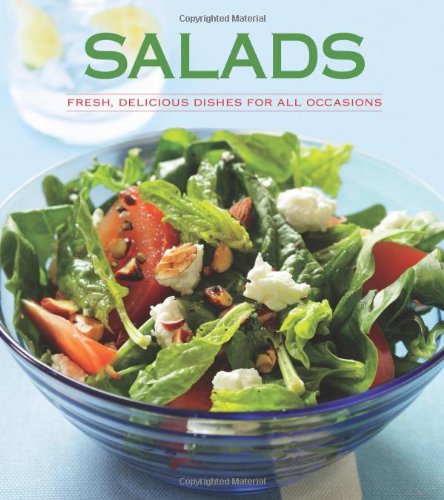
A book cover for Salads: Fresh, Delicious Dishes for All Occasions; Pamela Clark; Cookbooks, Food & Wine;